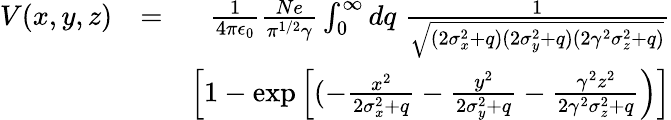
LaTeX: \begin{array}{rlr}{V(x,y,z)}&{=}&{\frac{1}{4\pi\epsilon_{0}}\frac{Ne}{\pi^{1/2}\gamma}\int_{0}^{\infty}dq\; \frac{1}{\sqrt{(2\sigma_{x}^{2}+q)(2\sigma_{y}^{2}+q)(2\gamma^{2}\sigma_{z}^{2}+q)}}}\\ &{}&{\left[1-\exp\left[(-\frac{x^{2}}{2\sigma_{x}^{2}+q}-\frac{y^{2}}{2\sigma_{y}^{2}+q}-\frac{\gamma^{2}z^{2}}{2\gamma^{2}\sigma_{z}^{2}+q}\right)\right]}\end{array}